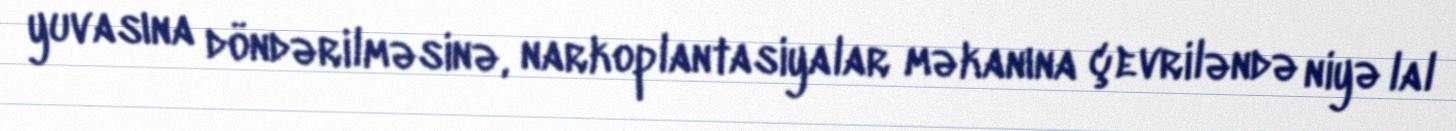
yuvasına döndərilməsinə, narkoplantasiyalar məkanına çevriləndə niyə lal